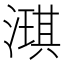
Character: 𬈲